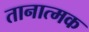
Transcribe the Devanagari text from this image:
तानात्मक